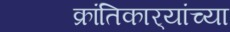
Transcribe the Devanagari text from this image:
क्रांतिकार्‍यांच्या